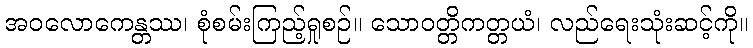
အဝလောကေန္တဿ၊ စုံစမ်းကြည့်ရှုစဉ်။ သောဝတ္တိကတ္တယံ၊ လည်ရေးသုံးဆင့်ကို။